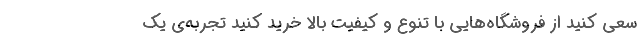
سعی کنید از فروشگاه‌هایی با تنوع و کیفیت بالا خرید کنید تجربه‌ی یک